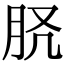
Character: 𦙉